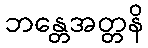
ဘန္တေအတ္တနိ